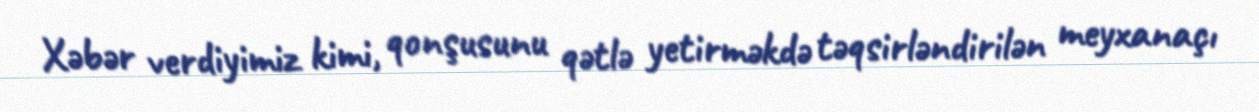
Xəbər verdiyimiz kimi, qonşusunu qətlə yetirməkdə təqsirləndirilən meyxanaçı